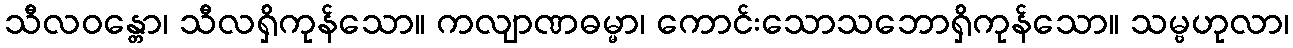
သီလဝန္တော၊ သီလရှိကုန်သော။ ကလျာဏဓမ္မာ၊ ကောင်းသောသဘောရှိကုန်သော။ သမ္ဗဟုလာ၊